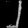
Digit: ၂